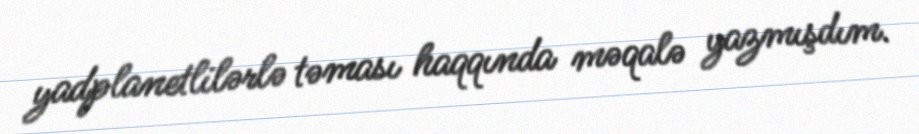
yadplanetlilərlə təması haqqında məqalə yazmışdım.